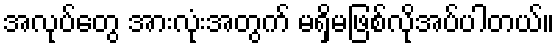
အလုပ်တွေ အားလုံးအတွက် မရှိမဖြစ်လိုအပ်ပါတယ်။